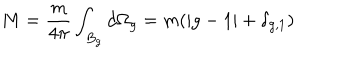
M = \frac { m } { 4 \pi } \int _ { B _ { g } } d \Omega _ { g } = m ( | g - 1 | + \delta _ { g , 1 } )